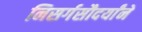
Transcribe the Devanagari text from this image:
निसर्गसौदर्यांने